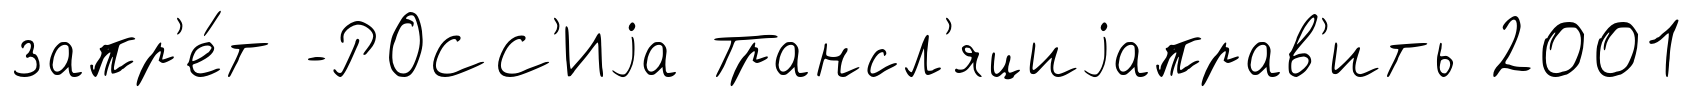
запр'е́т -РОСС'Иjа Трансл'яциjаправ'ить 2001